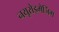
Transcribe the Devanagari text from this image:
नयूरोइमेजिंग